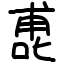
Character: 喸